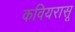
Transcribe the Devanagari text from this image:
कवियरासू